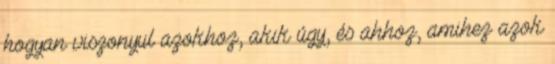
hogyan viszonyul azokhoz, akik úgy, és ahhoz, amihez azok